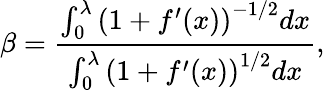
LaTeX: \beta=\frac{\int_{0}^{\lambda}\left(1+f^{\prime}(x)\right)^{-1/2}dx}{\int_{0}^{\lambda}\left(1+f^{\prime}(x)\right)^{1/2}dx},